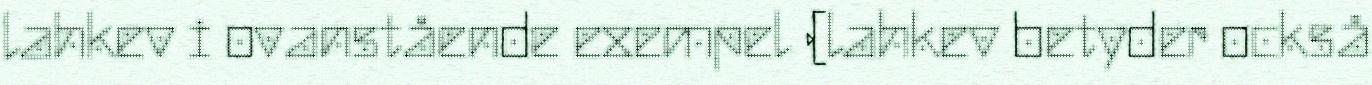
lahkev i ovanstående exempel (lahkev betyder också